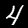
Digit: 4